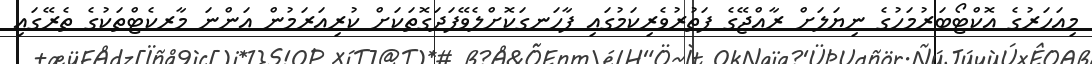
މިއަހަރުގެ އޮކްޓޯބަރުމަހުގެ ނިޔަލަށް ރާއްޖޭގެ ފަތުރުވެރިކަމުގައި ފާހަނގަކޮށްލެވޭފަދަގޮތަކަށް ކުރިއަރަމުން އަންނަ މާރކެޓްތަކުގެ ތެރޭގައި